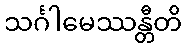
သင်္ဂါမေဿန္တီတိ